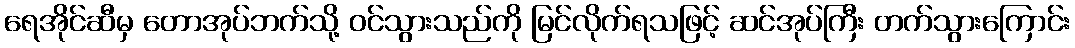
ရေအိုင်ဆီမှ တောအုပ်ဘက်သို့ ဝင်သွားသည်ကို မြင်လိုက်ရသဖြင့် ဆင်အုပ်ကြီး တက်သွားကြောင်း